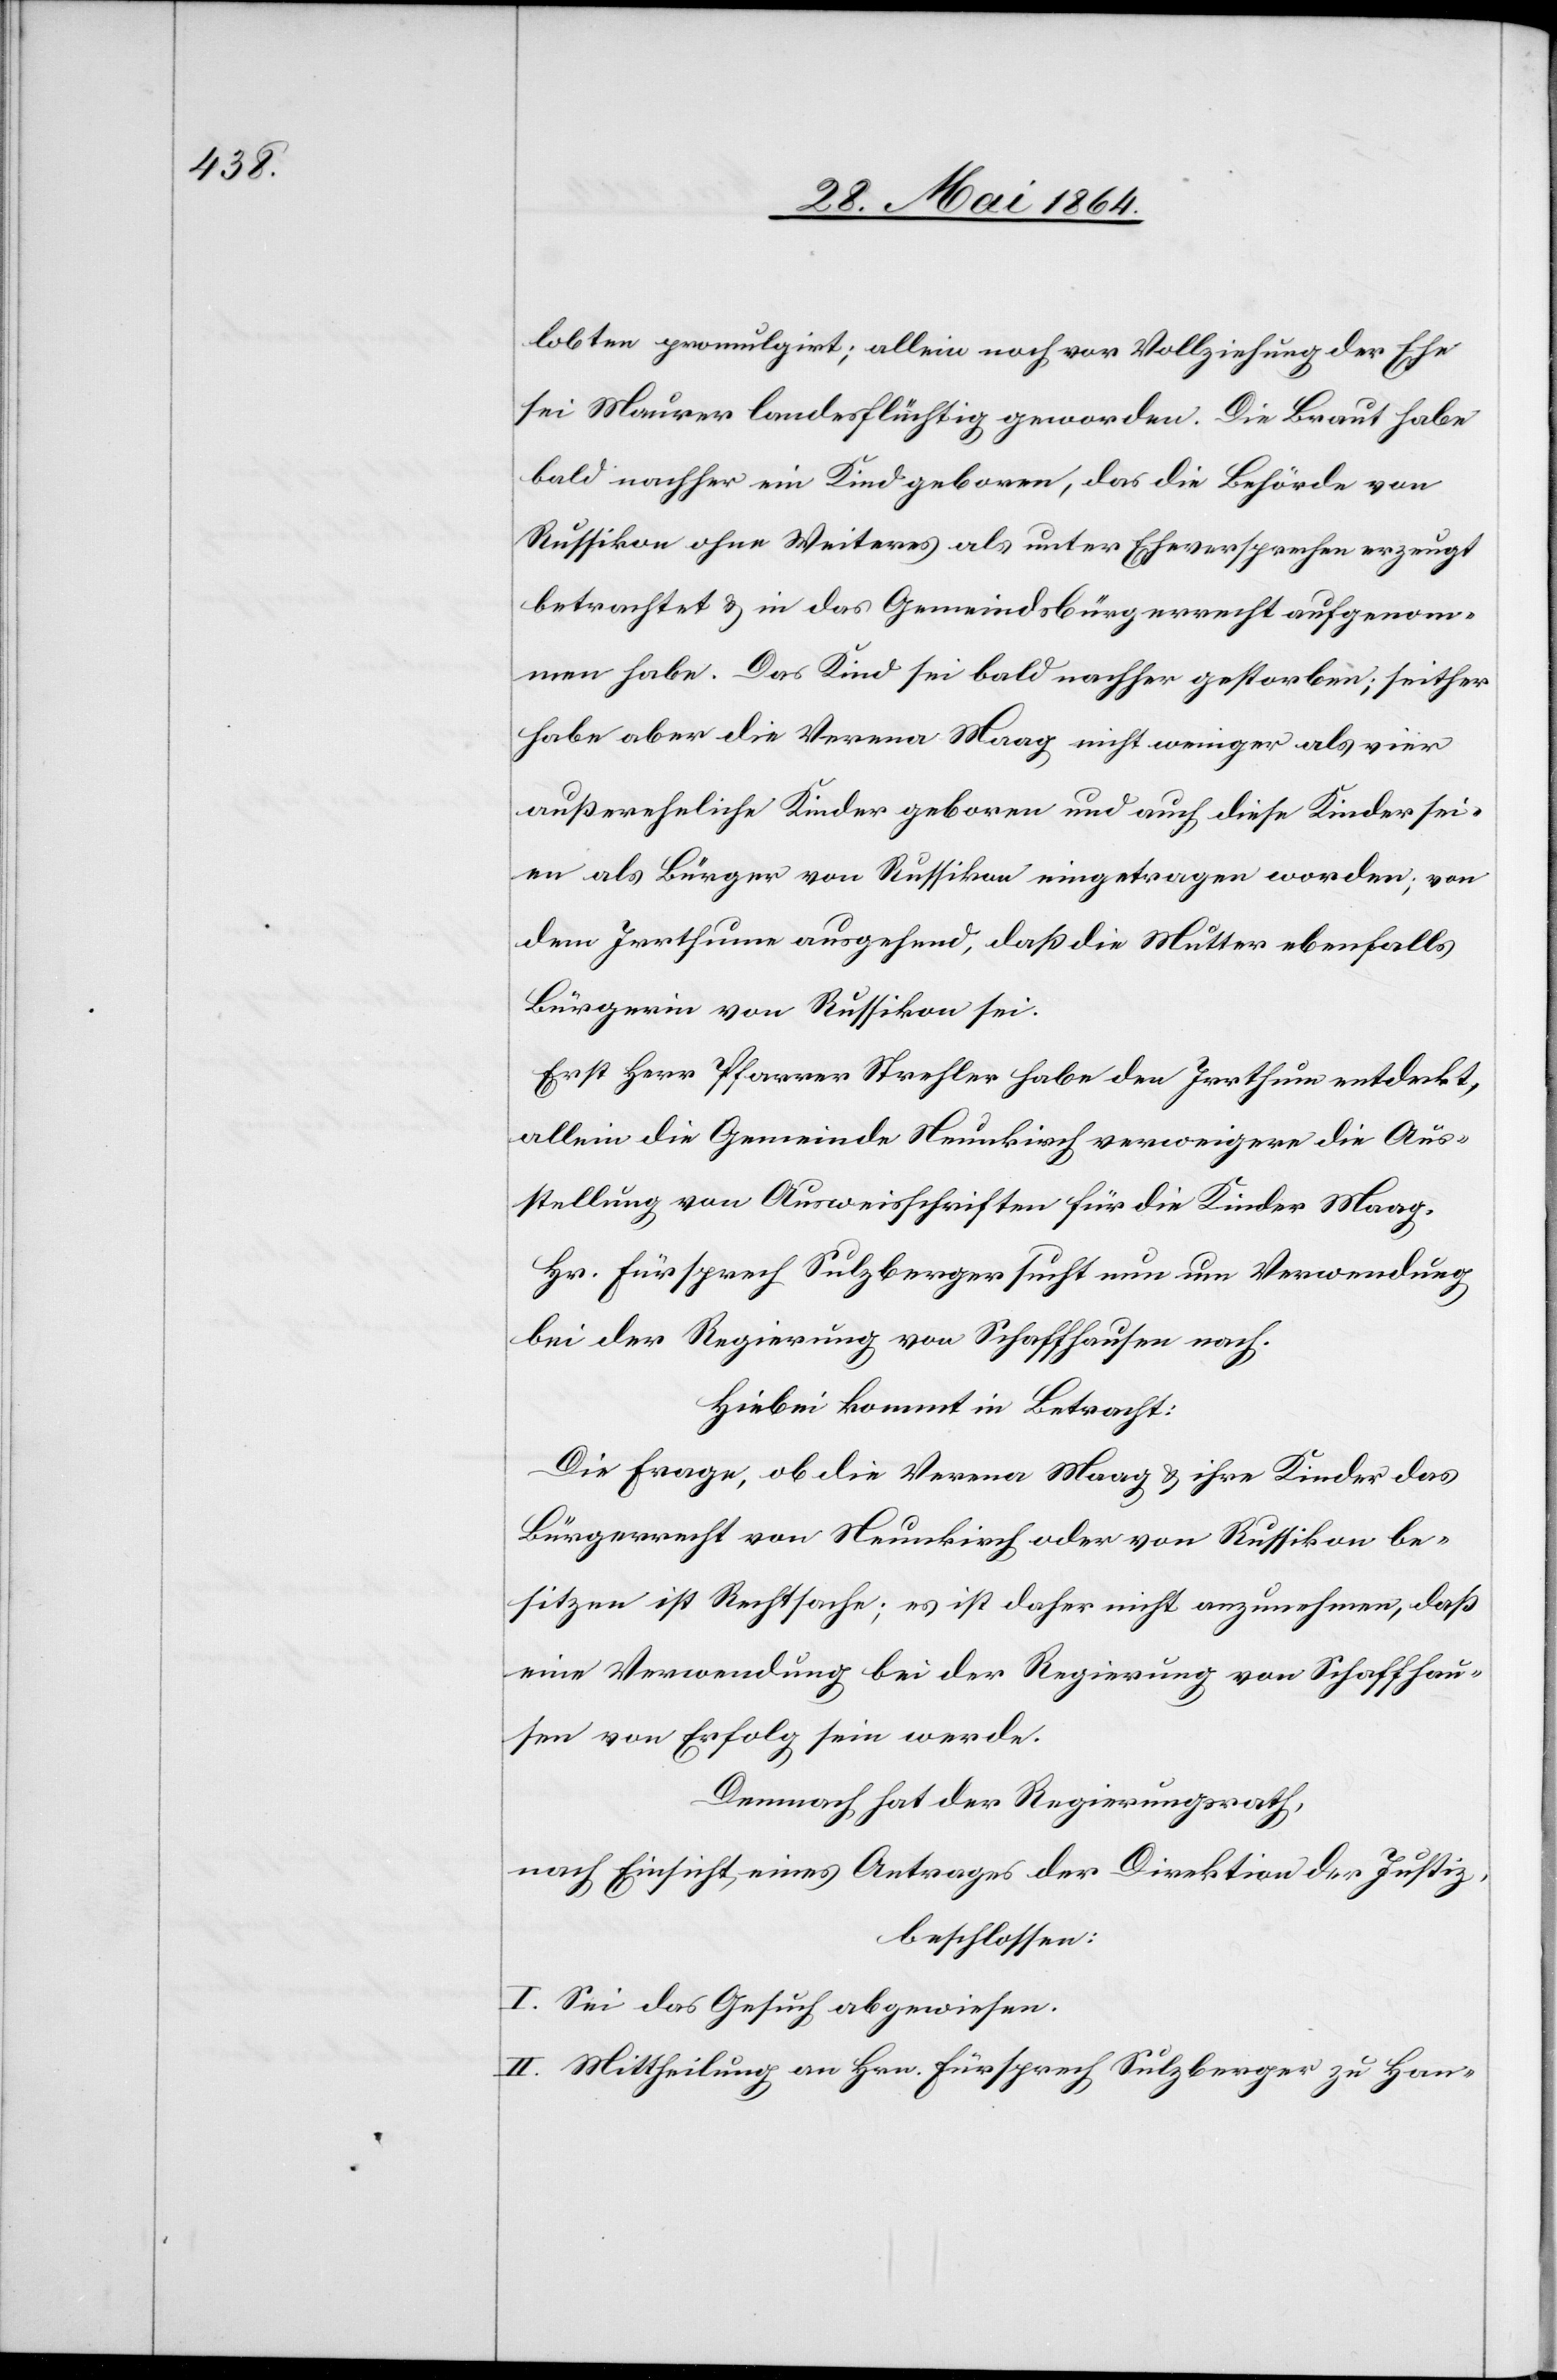
lobten promulgirt; allein noch vor Vollziehung der Ehe
sei Maurer landesflüchtig geworden. Die Braut habe
bald nachher ein Kind geboren, das die Behörde von
Russikon ohne Weiteres als unter Eheversrpechen erzeugt
betrachtet u. in das Gemeindsbürgerrecht aufgenom¬
men habe. Das Kind sei bald nachher gestorben; seither
habe aber die Verena Maag nicht weniger als vier
außereheliche Kinder geboren und auch diese Kinder sei¬
en als Bürger von Russikon eingetragen worden; von
dem Irrthume ausgehend, daß die Mutter ebenfalls
Bürgerin von Russikon sei.
Erst Herr Pfarrer Strehler habe den Irrthum entdeckt,
allein die Gemeinde Neunkirch verweigere die Aus¬
stellung von Ausweisschriften für die Kinder Maag.
Hr. Fürsprech Sulzberger sucht nun um Verwendung
bei der Regierung von Schaffhausen nach.
Hiebei kommt in Betracht:
Die Frage, ob die Verena Maag u. ihre Kinder das
Bürgerrecht von Neunkirch oder von Russikon be¬
sitzen ist Rechtsache; es ist daher nicht anzunehmen, daß
eine Verwendung bei der Regierung von Schaffhau¬
sen von Erfolg sein werde.
Demnach hat der Regierungsrath,
nach Einsicht eines Antrages der Direktion der Justiz,
beschlossen:
I. Sei das Gesuch abgewiesen.
II. Mittheilung an Hrn. Fürsprech Sulzberger zu Han-